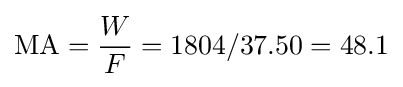
\mathrm {MA} ={\frac {W}{F}}=1804/37.50=48.1